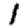
Digit: 1